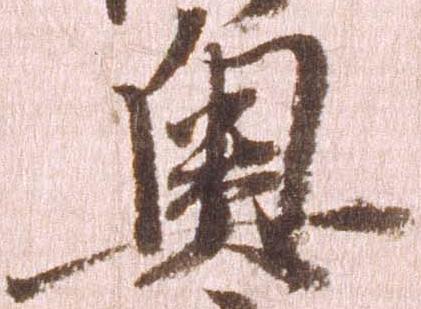
奥